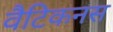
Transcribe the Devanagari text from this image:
वैटिकनस